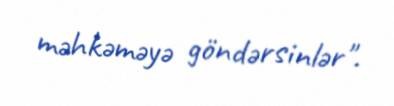
məhkəməyə göndərsinlər".